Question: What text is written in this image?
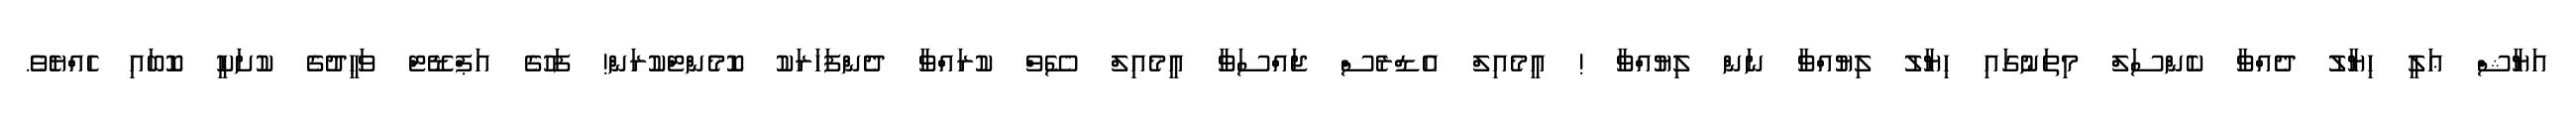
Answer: އަޔާޝް ޢަލީ ހިޔާލު ދެއްވާ ކެންސަލް މިތަނުގައި ހިޔާލު ލިޔުއްވާ ނަން ލިޔުއްވާ ! އީމެއިލް އެޑްރެސް ޖައްސަވާ އީމެއިލް ސޭވް ކުރައްވާ ދެންފަހަރަކު ކޮމެންޓްކުރަން! ފަހުގެ އަޕްޑޭޓް ވަޙީދުގެ ކުށަކީ ކޮބައި ހެއްޔެވެ.